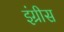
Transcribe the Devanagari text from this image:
इंग्रीस